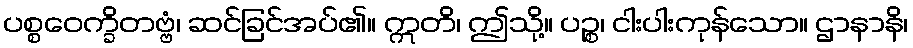
ပစ္စဝေက္ခိတဗ္ဗံ၊ ဆင်ခြင်အပ်၏။ ဣတိ၊ ဤသို့။ ပဉ္စ၊ ငါးပါးကုန်သော။ ဌာနာနိ၊